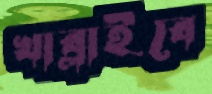
খাব্‌লাইবে